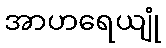
အာဟရေယျုံ